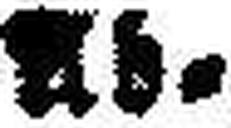
###b¬